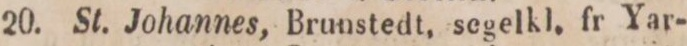
20.    St. Johannes, Brunstedt, segelkl. fr Yar-